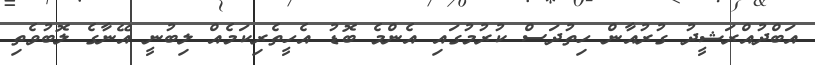
އަބްދުއްރަޝީދު ގުރުއާން ހިތުދަސް ކުރުމުގައި އެންމެ ބޮޑު އެހީތެރިކަމެއް ލިބުނީ އޭނާގެ ލޮބުވެތި